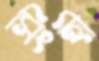
সিংহী